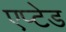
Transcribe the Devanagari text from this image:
एप्टेड